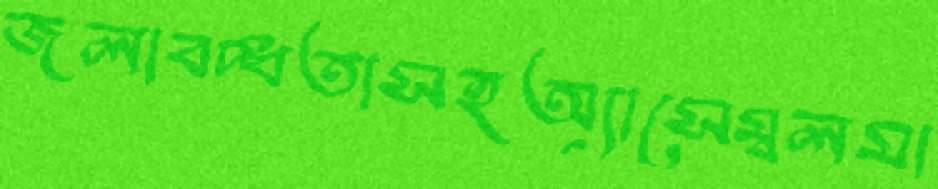
জলাবদ্ধতাসহঅ্যাসেম্বলমা